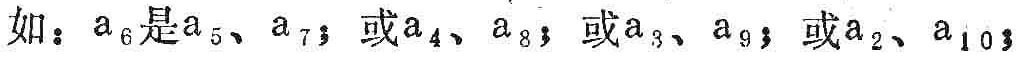
如：$a_{6}$是$a_{5}$、$a_{7}$；或$a_{4}$、$a_{8}$；或$a_{3}$、$a_{9}$；或$a_{2}$、$a_{10}$；